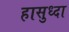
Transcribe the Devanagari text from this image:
हासुध्दा